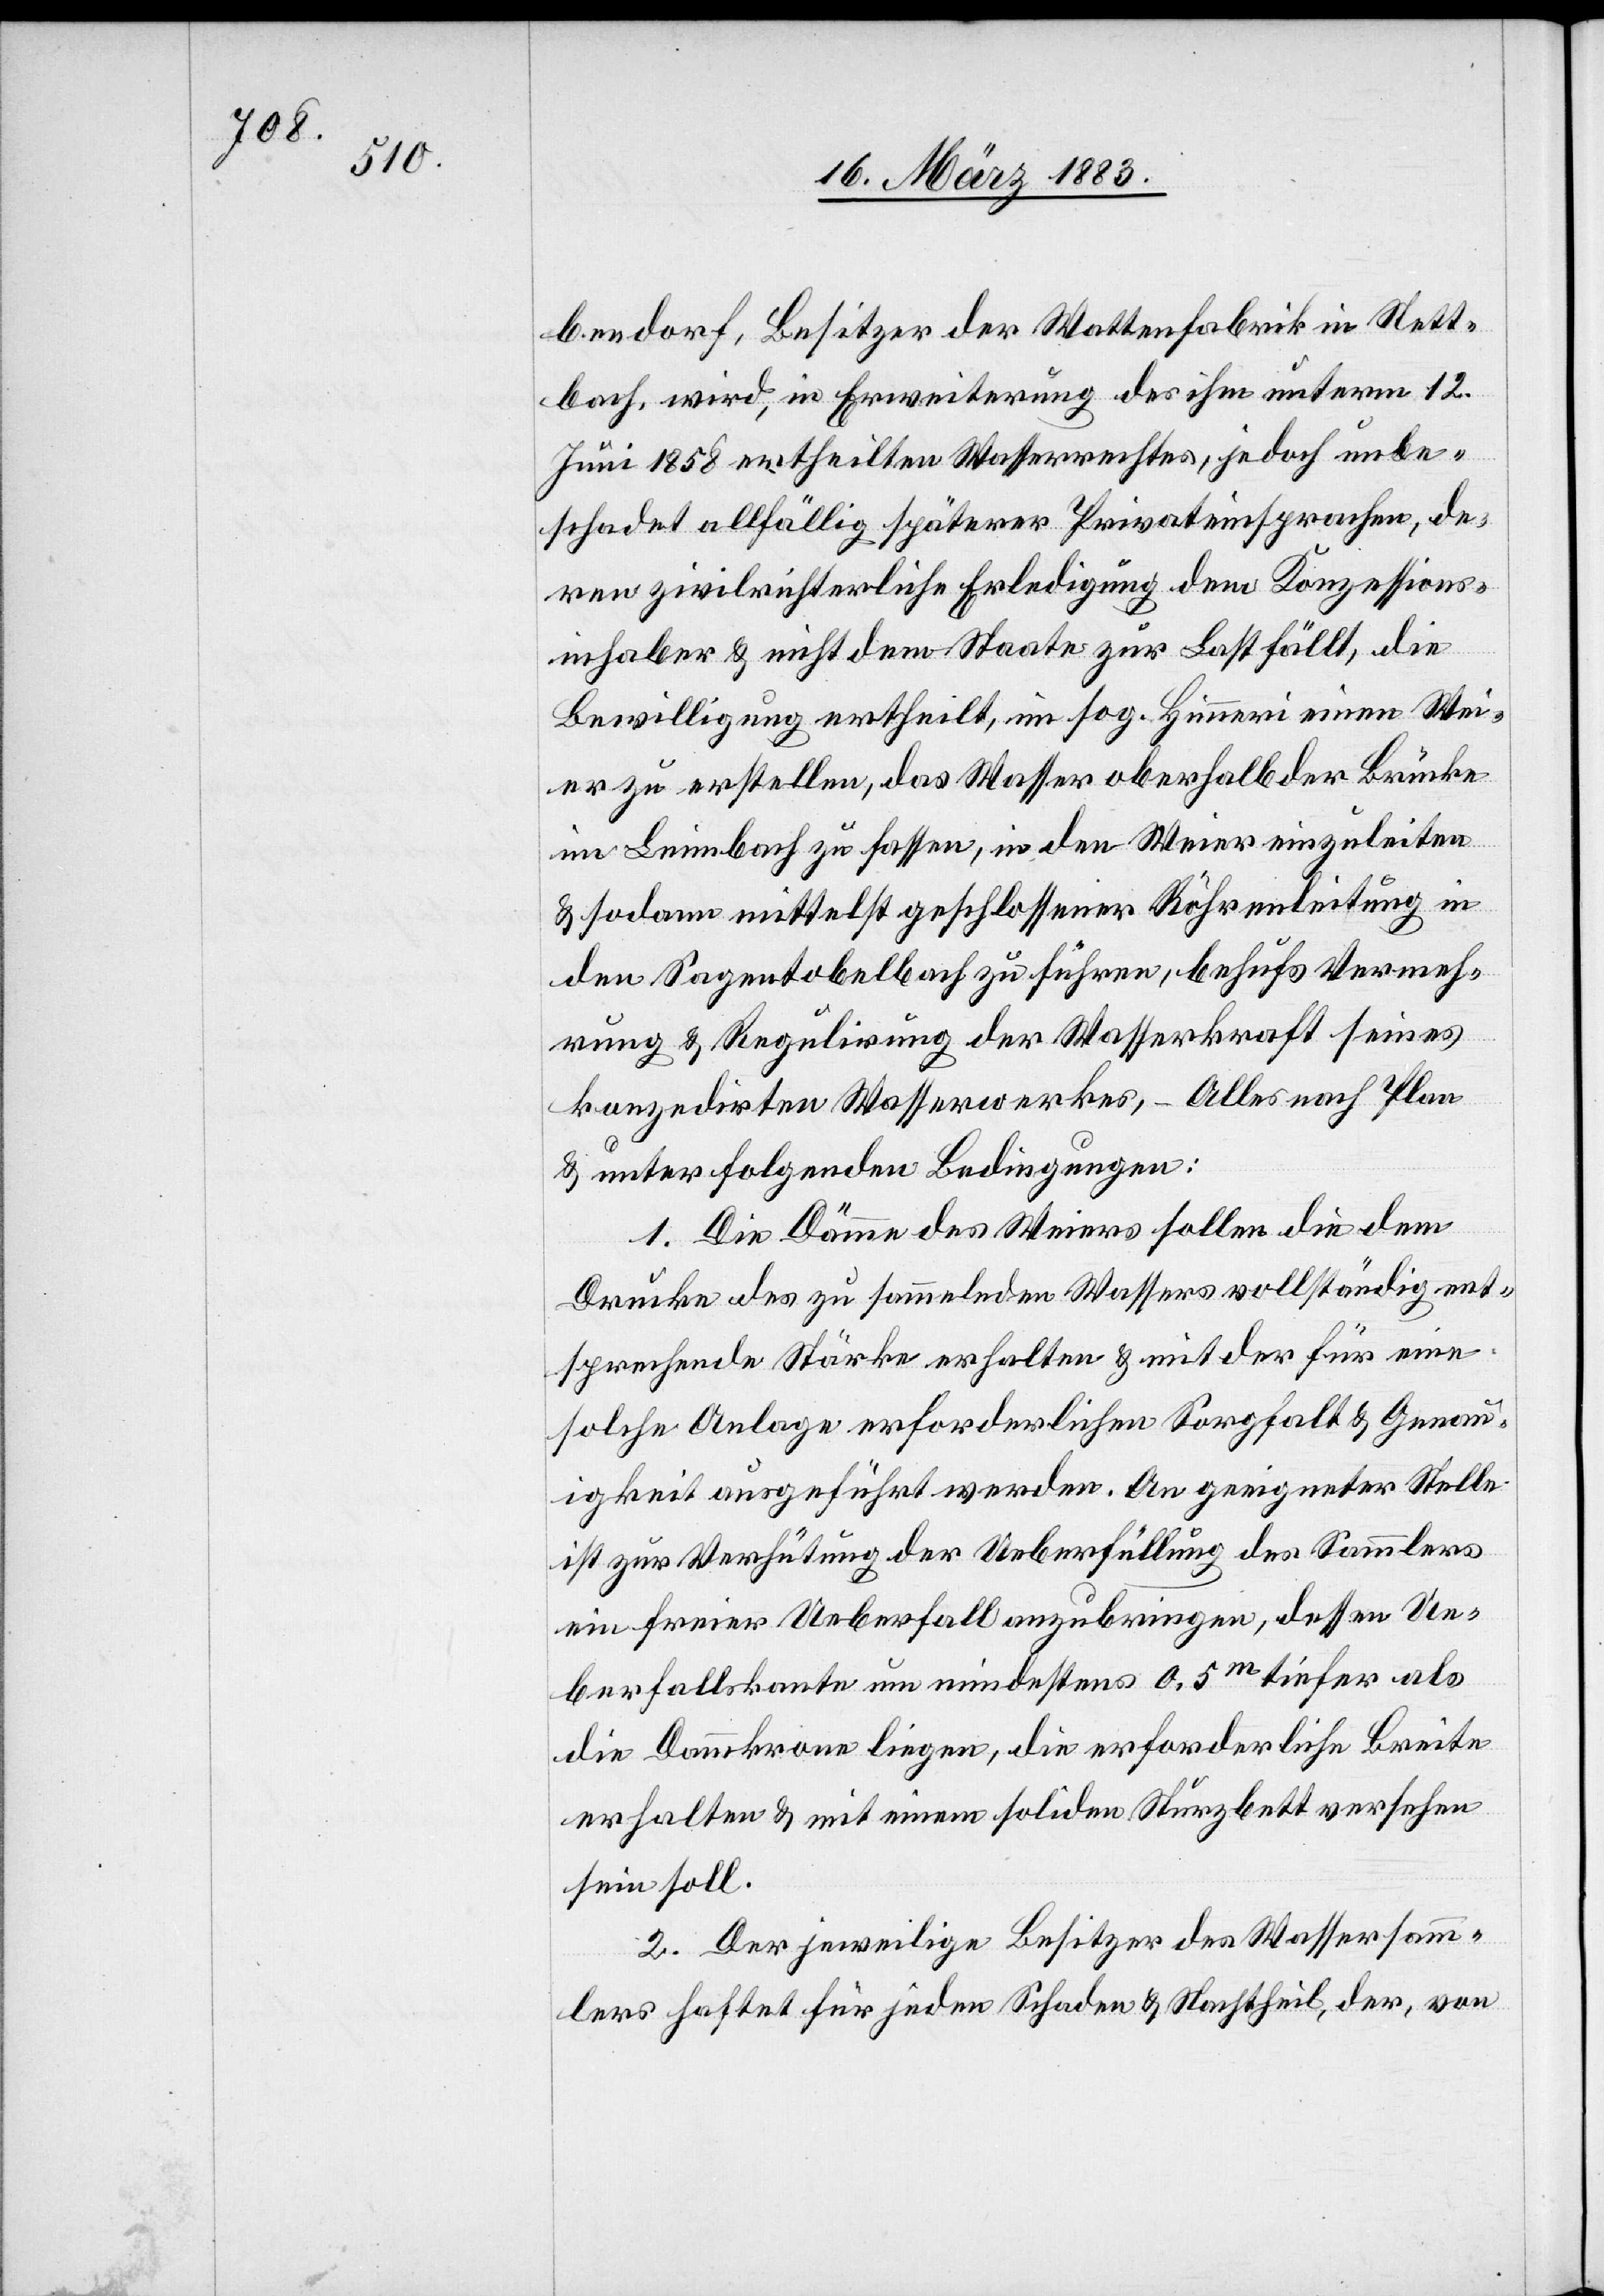
Dübendorf
er zu erstellen. Das Wasser würde oberhalb der Brücke
“

in